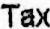
TAX